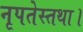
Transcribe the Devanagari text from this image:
नृपतेस्तथा।